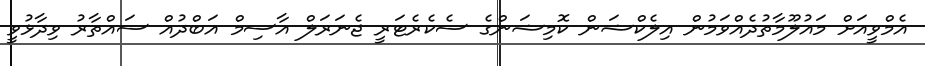
އެމްވީއަށް މައުލޫމާތުދެއްވަމުން އިލެކްޝަން ކޮމިޝަންގެ ސެކެރެޓަރީ ޖެނަރަލް އާސިމް އަބްދުއް ސައްތާރު ވިދާޅުވީ